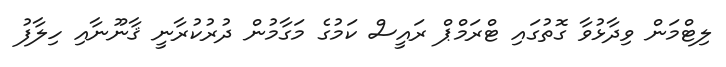
ލިޓްމަން ވިދާޅުވާ ގޮތުގައި ޓްރަމްޕް ރައީސް ކަމުގެ މަގާމުން ދުރުކުރާނީ ޤާނޫނާއި ހިލާފު